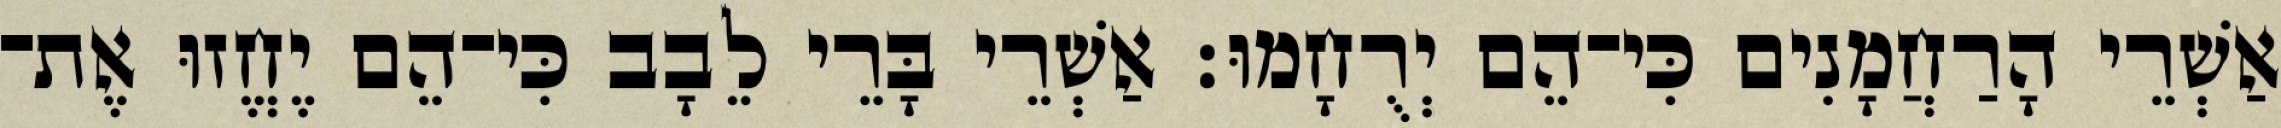
אַשְׁרֵי הָרַחֲמָנִים כִּי־הֵם יְרֻחָמוּ׃ אַשְׁרֵי בָּרֵי לֵבָב כִּי־הֵם יֶחֱזוּ אֶת־